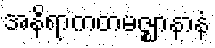
အနိရာကတမဇ္ဈာနာနံ